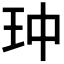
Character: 𮴄